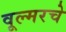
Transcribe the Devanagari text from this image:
वूल्मरचे